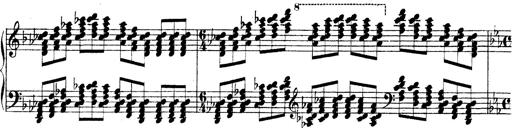
Title: Technische Studien
Composer: Franz Liszt